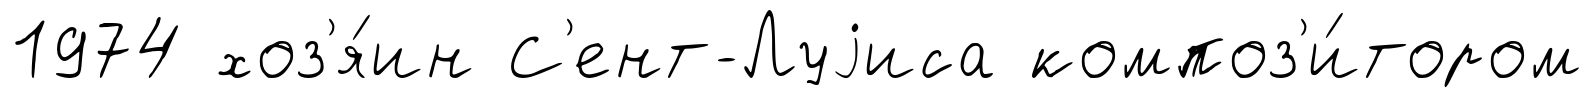
1974 хоз'я́ин С'ент-Луjиса композ'и́тором